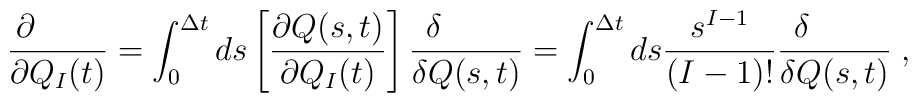
{\partial \qquad \over \partial Q_I(t)} = \int_0^{\Delta t} ds \left[{\partial Q(s,t) \over \partial Q_I(t)}\right] {\delta \qquad \over \delta Q(s,t)} = \int_0^{\Delta t} ds {s^{I-1} \over (I-1)!} {\delta \qquad \over \delta Q(s,t)} \; ,